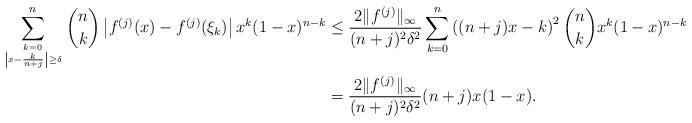
LaTeX: \begin{align*}\sum_{k=0 \atop \left| x - \frac{k}{n+j} \right| \ge \delta}^n \binom{n}{k} \left| f^{(j)}(x) - f^{(j)}(\xi_k) \right| x^k (1-x)^{n-k} & \le \frac{2 \|f^{(j)}\|_\infty}{(n+j)^2 \delta^2} \sum_{k=0}^n \left( (n+j)x - k \right)^2 \binom{n}{k} x^k (1-x)^{n-k} \\& = \frac{2 \|f^{(j)}\|_\infty}{(n+j)^2 \delta^2} (n+j)x(1-x).\end{align*}